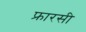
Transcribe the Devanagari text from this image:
फ्रारसी